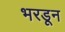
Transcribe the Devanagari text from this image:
भरडून